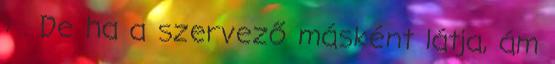
: . De ha a szervező másként látja, ám